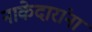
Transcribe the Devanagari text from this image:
नाकेदारांना